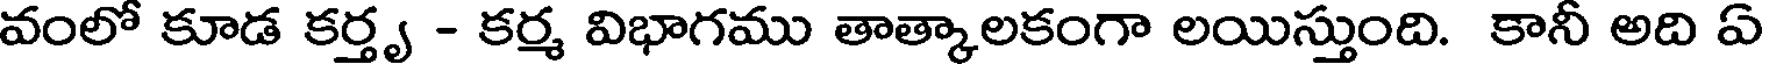
వంలో కూడ కర్తృ - కర్మ విభాగము తాత్కాలకంగా లయిస్తుంది. కానీ అది ఏ